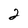
Character: 2